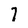
Character: 7